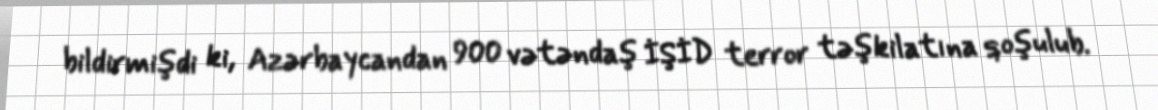
bildirmişdi ki, Azərbaycandan 900 vətəndaş İŞİD terror təşkilatına qoşulub.